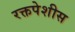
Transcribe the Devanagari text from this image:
रक्तपेशीस